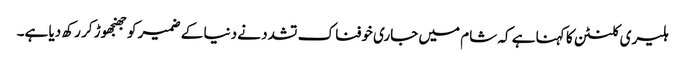
ہلیری کلنٹن کا کہنا ہے کہ شام میں جاری خوفناک تشدد نے دنیا کے ضمیر کو جھنجھوڑ کر رکھ دیا ہے۔